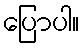
ပြောပါ။